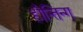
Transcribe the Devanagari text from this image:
हौन्तिन्ग